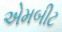
એમબીટ